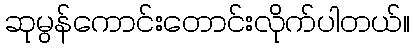
ဆုမွန်ကောင်းတောင်းလိုက်ပါတယ်။